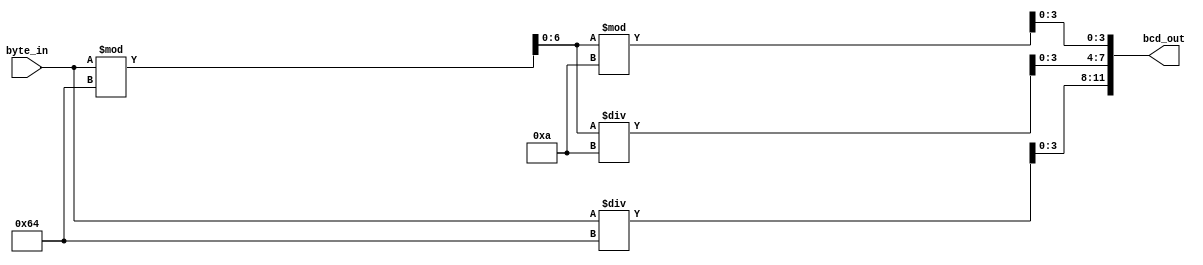
`timescale 1ns / 1ps

// Binary byte to binary coded decimal(BCD) converter
// Authored by David J Marion

module byte2bcd(
    input [7:0] byte_in,                        // 8 bits, value 0 - 255
    output [11:0] bcd_out                       // 12 bits of 3 nibbles
    );
    
    reg [3:0] hundreds, tens, ones;             // 3 nibbles
    reg [6:0] temp_reg;                         // temp storage for value up to 99
    
    always @(*) begin                           // Ex. using 255 as value
        hundreds = byte_in / 100;               // = 2, the rest is truncated
        temp_reg = byte_in % 100;               // = 55, the remainder
        tens = temp_reg / 10;                   // = 5, the rest is truncated
        ones = temp_reg % 10;                   // = 5, the remainder
    end
    
    assign bcd_out = {hundreds, tens, ones};    // = 255, 0010 0101 0101
    
endmodule